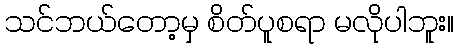
သင်ဘယ်တော့မှ စိတ်ပူစရာ မလိုပါဘူး။